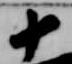
十